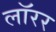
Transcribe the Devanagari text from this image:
लॉरर